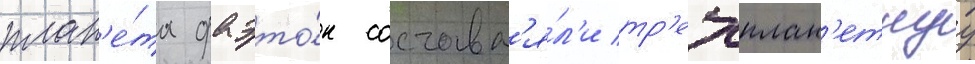
план'е́та фаэто́н составл'я́л'и тр'ехплан'етнуу